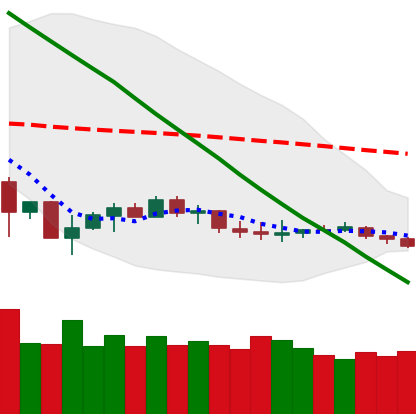
Ticker: LTC-USD
Chart end date: 2019-12-11
Forward return: -8.127%
Label: down_7plus